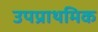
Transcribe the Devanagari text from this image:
उपप्राथमिक